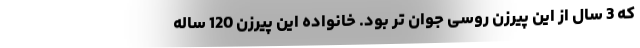
که 3 سال از این پیرزن روسی جوان تر بود. خانواده این پیرزن 120 ساله